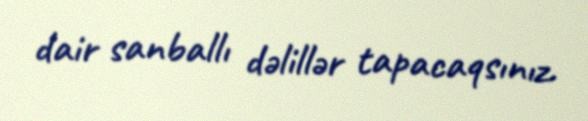
dair sanballı dəlillər tapacaqsınız.